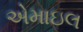
એમાઇલ